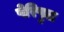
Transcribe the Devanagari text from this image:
पेरिपुल